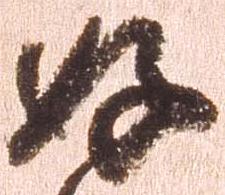
好